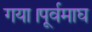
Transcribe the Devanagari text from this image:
गया।पूर्वमाघ